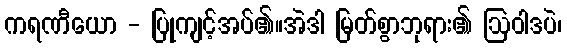
ကရဏီယော - ပြုကျင့်အပ်၏။အဲဒါ မြတ်စွာဘုရား၏ ဩဝါဒပဲ၊